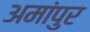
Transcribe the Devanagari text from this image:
अमांपुर